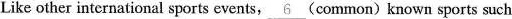
Like other international sports events, \underline{ 6 } ( common ) known sports such